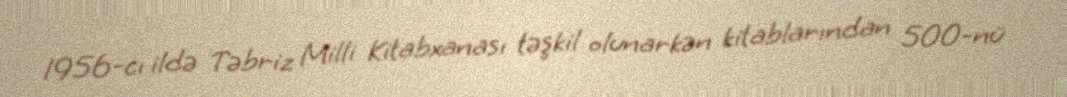
1956-cı ildə Təbriz Milli Kitabxanası təşkil olunarkən kitablarından 500-nü